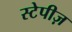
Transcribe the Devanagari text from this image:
स्टेपीज़